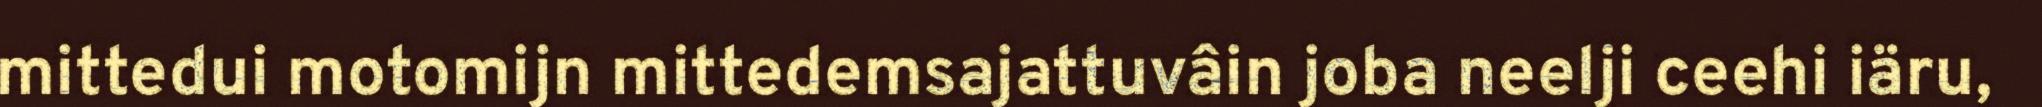
mittedui motomijn mittedemsajattuvâin joba neelji ceehi iäru,